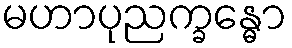
မဟာပုညက္ခန္ဓော